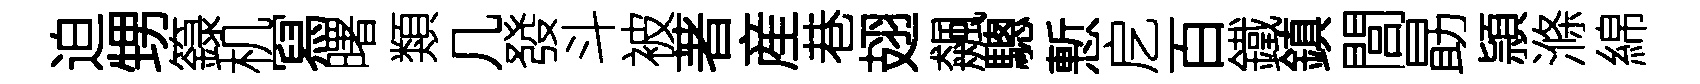
迫甥籙机冩曙類几發斗被著産巷翅飆驄慙戹百鐵鎮閭勗頴滌綿